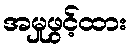
အမှုဖွင့်ထား